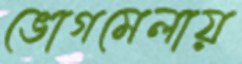
ভোগমেলায়